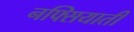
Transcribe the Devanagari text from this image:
नफ्सियाती